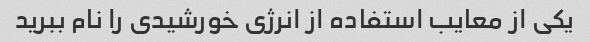
یکی از معایب استفاده از انرژی خورشیدی را نام ببرید